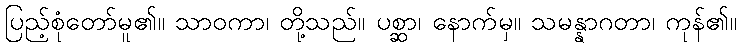
ပြည့်စုံတော်မူ၏။ သာဝကာ၊ တို့သည်။ ပစ္ဆာ၊ နောက်မှ။ သမန္နာဂတာ၊ ကုန်၏။